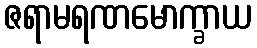
ဇရာမရဏမောက္ခာယ